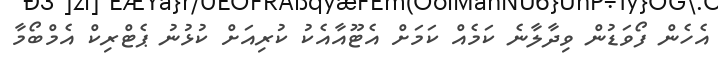
އެހެން ފޯވަޑުން ވިދާލާނެ ކަމެއް ކަމަށް އެޓޫއާއެކު ކުރިއަށް ކުޅުނު ޕެޓްރިކް އެމްބޯމާ